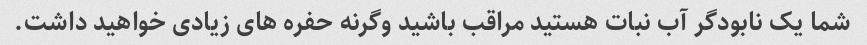
شما یک نابودگر آب نبات هستید مراقب باشید وگرنه حفره های زیادی خواهید داشت.